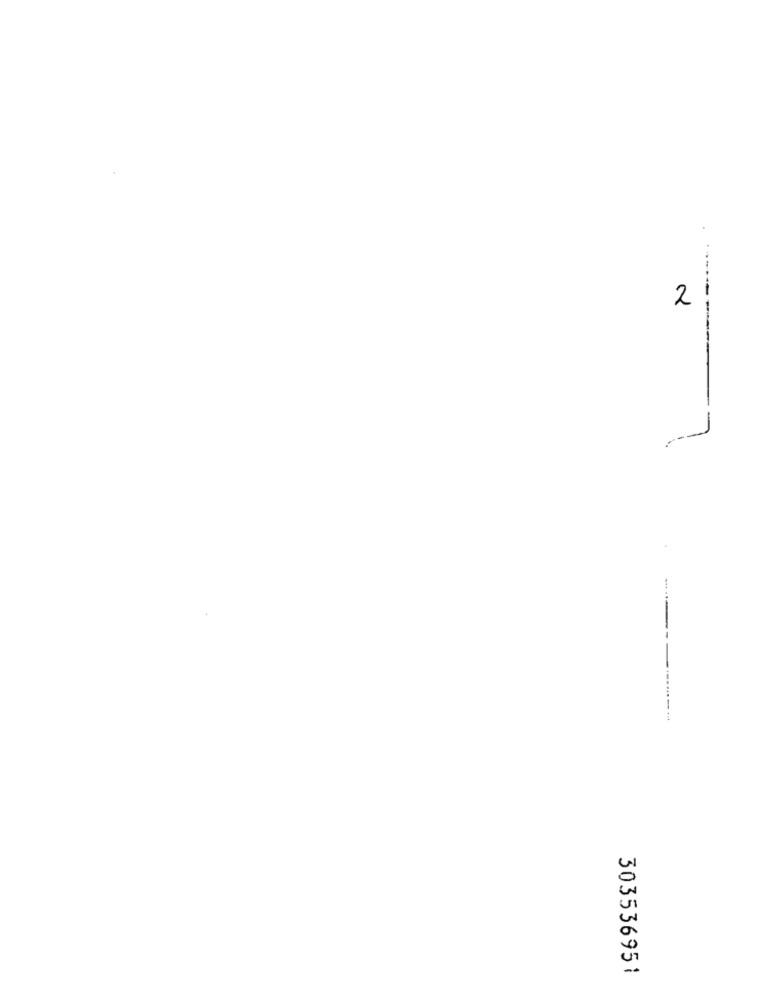
2
-----
1
--....-...
303536951